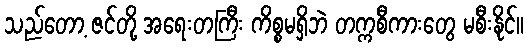
သည်တော့ ဇင်တို့ အရေးတကြီး ကိစ္စမရှိဘဲ တက္ကစီကားတွေ မစီးနိုင်။